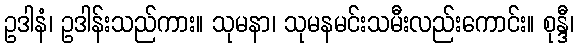
ဥဒါနံ၊ ဥဒါန်းသည်ကား။ သုမနာ၊ သုမနမင်းသမီးလည်းကောင်း။ စုန္ဒီ၊